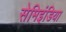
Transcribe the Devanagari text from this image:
सेमिइंडिया